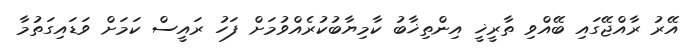
އޭރު ރާއްޖޭގައި ބޭއްވި ތާރީޚީ އިންތިޚާބު ކާމިޔާބުކުރެއްވުމަށް ފަހު ރައީސް ކަމަށް ވަޑައިގަތުމާ